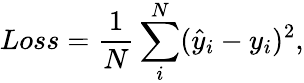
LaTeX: Loss=\frac{1}{N}\sum_{i}^{N}(\hat{y}_{i}-y_{i})^{2},